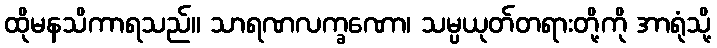
ထိုမနသိကာရသည်။ သာရဏလက္ခဏော၊ သမ္ပယုတ်တရားတို့ကို အာရုံသို့